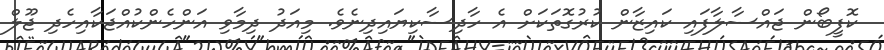
ކޮފީބޯން ޖައްސާލާފައި ކައިޒާން ކުރުގޮތަކަށް އެ ހާދިސާކިޔައިދިނެވެ. މިއަދު ދިމާވި އަންހެންކުއްޖަކާއިހެދި ޖޫލް